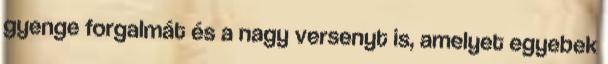
gyenge forgalmát és a nagy versenyt is, amelyet egyebek